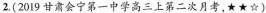
2. (2019甘肃会宁第一中学高三上第二次月考，★★☆)